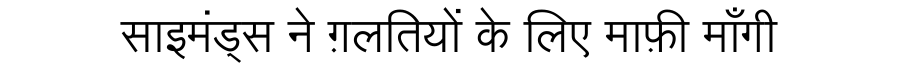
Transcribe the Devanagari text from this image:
साइमंड्स ने ग़लतियों के लिए माफ़ी माँगी